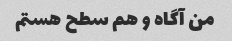
من آگاه و هم سطح هستم